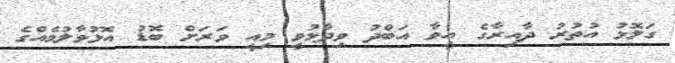
ގަލޮޅު އުތުރު ދާއިރާގެ އީވާ އަބްދު ވިދާޅުވީ މިއީ ވަރަށް ބޮޑު އޮޅުވާލުމެއްގެ